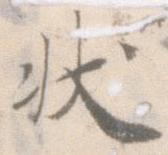
状